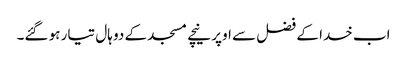
اب خدا کے فضل سے اوپر نیچے مسجد کے دو ہال تیار ہو گئے۔